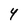
Character: 4